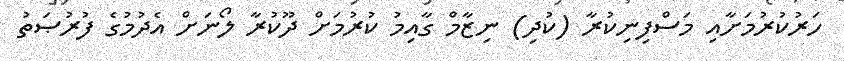
ހަރުކުރުމަށާއި މަސްފިނިކުރާ (ކުދި) ނިޒާމް ގާއިމު ކުރުމަށް ދޫކުރާ ލޯނަށް އެދުމުގެ ފުރުޞަތު